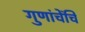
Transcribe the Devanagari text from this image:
गुणांचेंचि